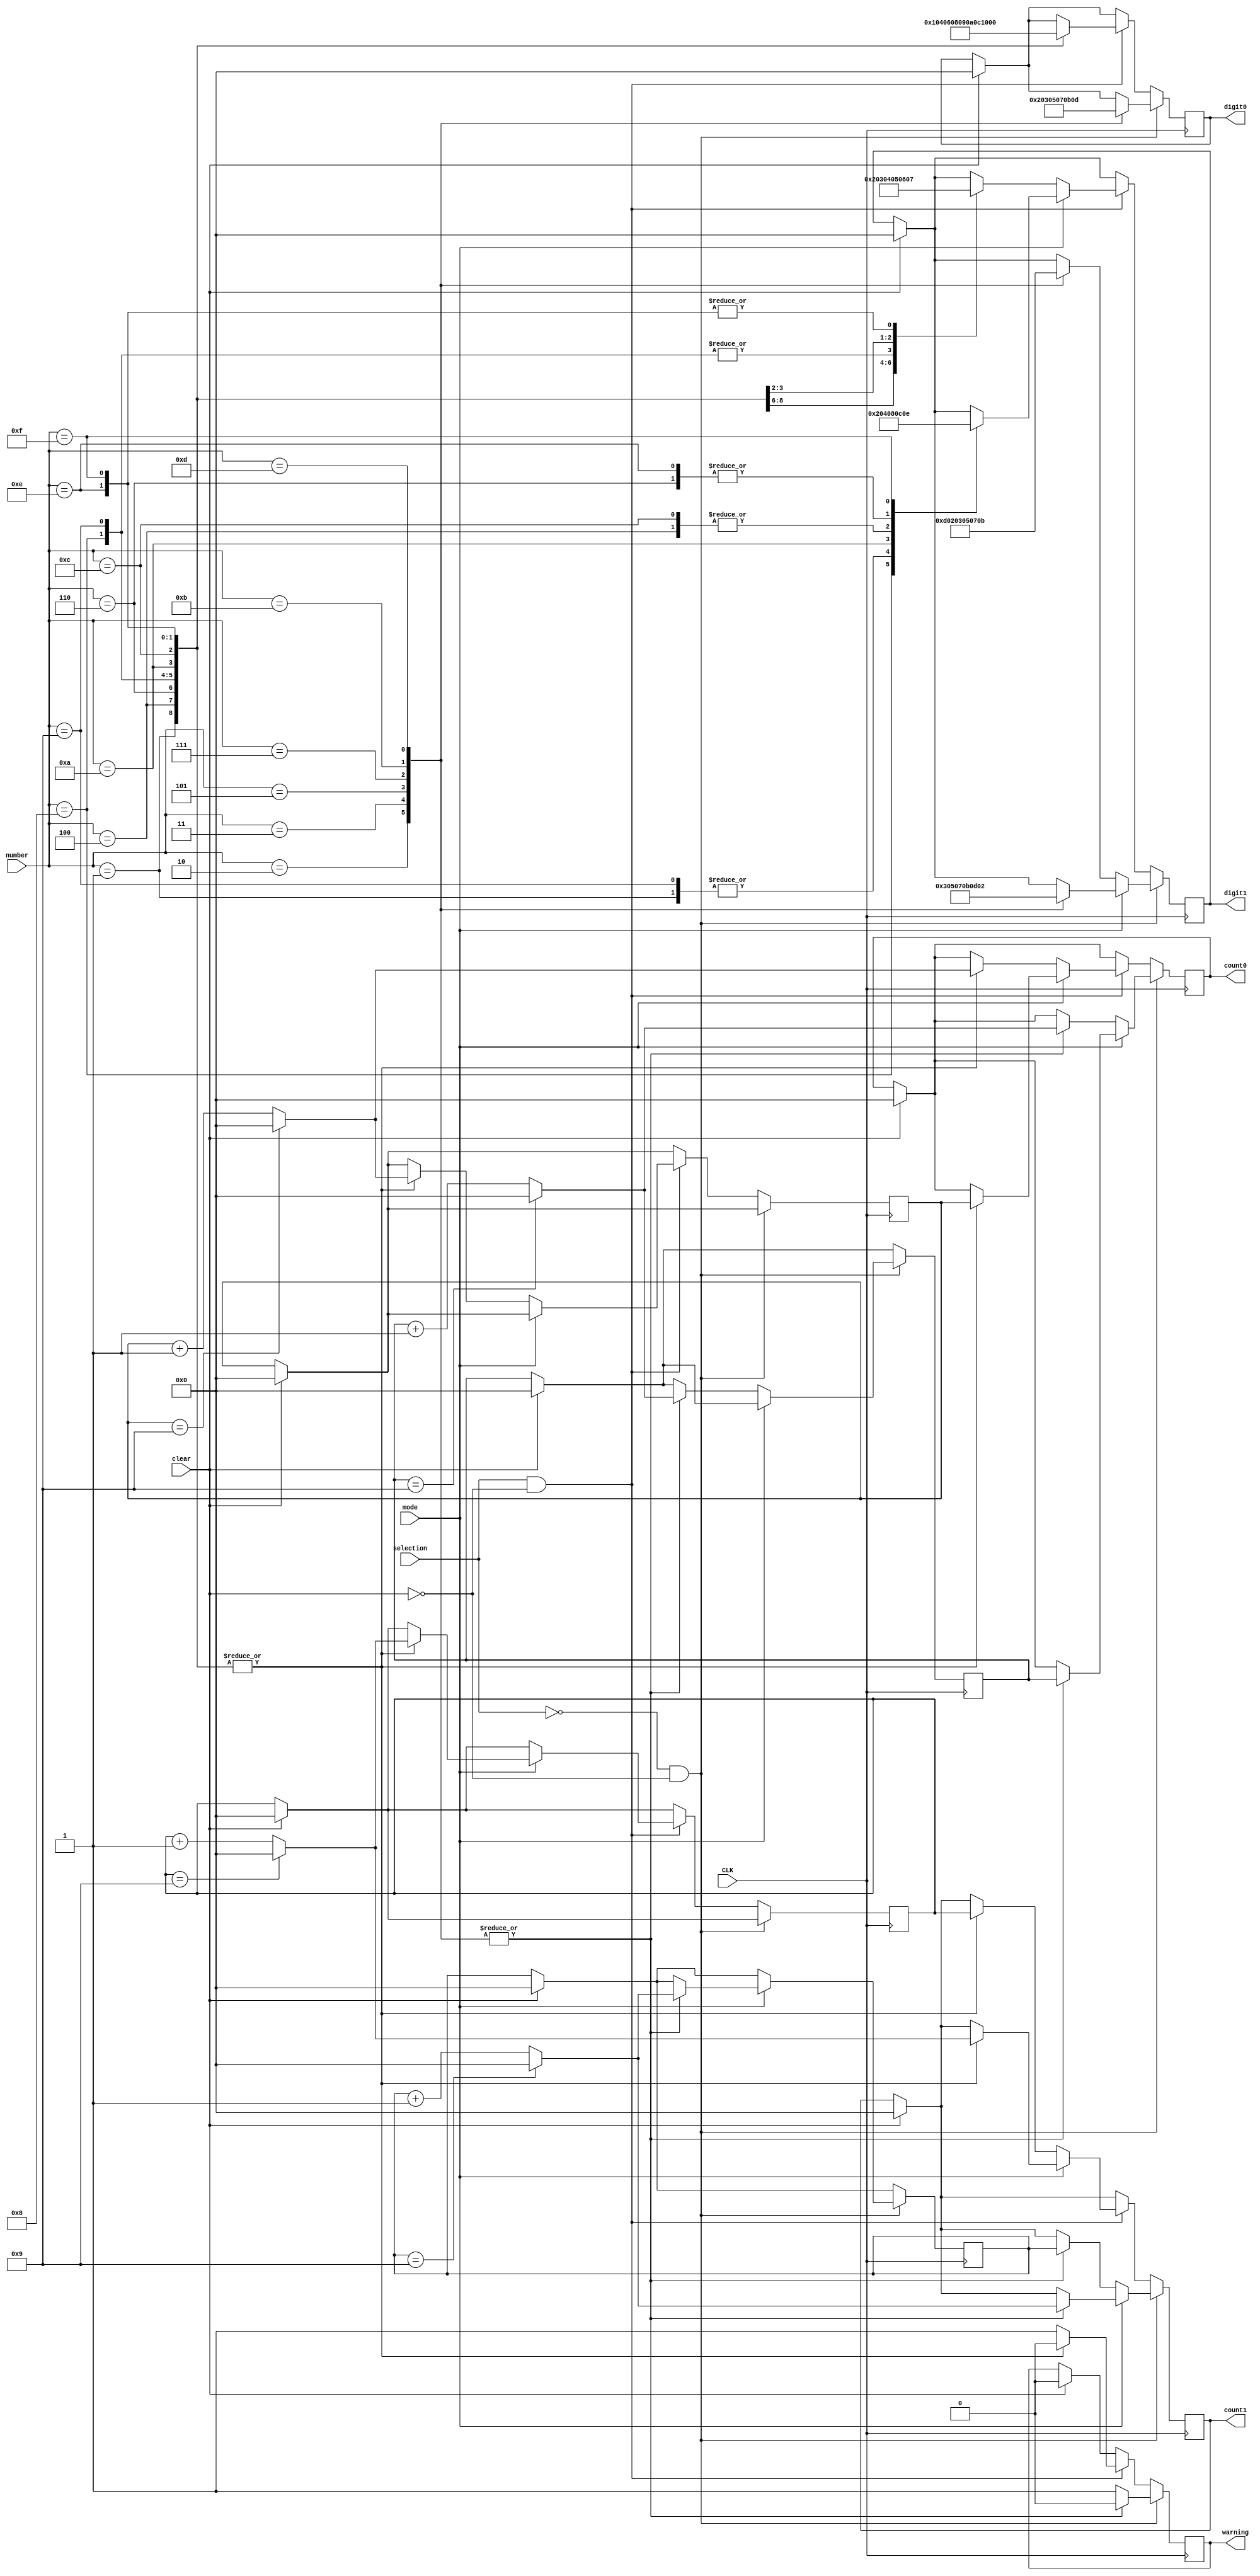
`timescale 1ns / 1ps 
module lab3_2(
			input[3:0] number,
			input CLK, 
			input selection,
			input mode,
			input clear,
			output reg [7:0] digit1,
			output reg [7:0] digit0,
			output reg [7:0] count1,
			output reg [7:0] count0,
			output reg warning
    );
   //Modify the lines below to implement your design .
	
	reg [7:0] counter0;
	reg [7:0] counter1;
	reg [7:0] coun0;
	reg [7:0] coun1;
	
	initial begin
        digit0 = 8'b00000000;
		  digit1 = 8'b00000000;
		  count1 = 8'b00000000;
		  count0 = 8'b00000000;
		  counter1 = 8'b00000000;
		  counter0 = 8'b00000000;
		  coun1 = 8'b00000000;
		  coun0 = 8'b00000000;
	end
	
	
	always@(posedge CLK) begin
	
			if(clear == 1'b1) begin
				digit0 <= 8'b00000000;
				digit1 <= 8'b00000000;
				count0 <= 8'b00000000;
				count1 <= 8'b00000000;
				counter1 <= 8'b00000000;
				counter0 <= 8'b00000000;
				coun1 <= 8'b00000000;
		      		coun0 <= 8'b00000000;
				warning <= 1'b0;
			end
			
			
			
			if(selection == 1'b0 && clear == 1'b0) begin
				
						if(mode == 1'b1) begin	
							 
							case (number)
								4'b0010 : begin digit0 <= 8'b00000010;	digit1 <= 8'b00000011;  warning <= 1'b0; if(coun1 == 8'b00001001) begin count1 <= 8'b00000000; coun1 <= 8'b00000000; count0 <= coun0; end else begin count1 <= coun1 + 1; coun1 <= coun1 + 1; count0 <= coun0; end  end
								4'b0011 : begin digit0 <= 8'b00000011;	digit1 <= 8'b00000101;  warning <= 1'b0; if(coun1 == 8'b00001001) begin count1 <= 8'b00000000; coun1 <= 8'b00000000; count0 <= coun0; end else begin count1 <= coun1 + 1; coun1 <= coun1 + 1; count0 <= coun0; end  end
								4'b0101 : begin digit0 <= 8'b00000101;	digit1 <= 8'b00000111;	warning <= 1'b0; if(coun1 == 8'b00001001) begin count1 <= 8'b00000000; coun1 <= 8'b00000000; count0 <= coun0; end else begin count1 <= coun1 + 1; coun1 <= coun1 + 1; count0 <= coun0; end  end 
								4'b0111 : begin digit0 <= 8'b00000111;	digit1 <= 8'b00001011;  warning <= 1'b0; if(coun1 == 8'b00001001) begin count1 <= 8'b00000000; coun1 <= 8'b00000000; count0 <= coun0; end else begin count1 <= coun1 + 1; coun1 <= coun1 + 1; count0 <= coun0; end  end
								4'b1011 : begin digit0 <= 8'b00001011;	digit1 <= 8'b00001101;  warning <= 1'b0; if(coun1 == 8'b00001001) begin count1 <= 8'b00000000; coun1 <= 8'b00000000; count0 <= coun0; end else begin count1 <= coun1 + 1; coun1 <= coun1 + 1; count0 <= coun0; end  end
								4'b1101 : begin digit0 <= 8'b00001101;	digit1 <= 8'b00000010;  warning <= 1'b0; if(coun1 == 8'b00001001) begin count1 <= 8'b00000000; coun1 <= 8'b00000000; count0 <= coun0; end else begin count1 <= coun1 + 1; coun1 <= coun1 + 1; count0 <= coun0; end  end
								default : warning <= 1'b1;
							endcase	
						end
						
						else if(mode == 1'b0) begin	
							
							case (number) 
								4'b0010 : begin digit0 <= 8'b00000010;	digit1 <= 8'b00001101;  warning <= 1'b0; if(coun0 == 8'b00001001) begin count0 <= 8'b00000000; coun0 <= 8'b00000000; count1 <= coun1; end else begin count0 <= coun0 + 1; coun0 <= coun0 + 1; count1 <= coun1; end end
								4'b0011 : begin digit0 <= 8'b00000011;	digit1 <= 8'b00000010;  warning <= 1'b0; if(coun0 == 8'b00001001) begin count0 <= 8'b00000000; coun0 <= 8'b00000000; count1 <= coun1; end else begin count0 <= coun0 + 1; coun0 <= coun0 + 1; count1 <= coun1; end  end
								4'b0101 : begin digit0 <= 8'b00000101;	digit1 <= 8'b00000011;	warning <= 1'b0; if(coun0 == 8'b00001001) begin count0 <= 8'b00000000; coun0 <= 8'b00000000; count1 <= coun1; end else begin count0 <= coun0 + 1; coun0 <= coun0 + 1; count1 <= coun1; end  end 
								4'b0111 : begin digit0 <= 8'b00000111;	digit1 <= 8'b00000101;  warning <= 1'b0; if(coun0 == 8'b00001001) begin count0 <= 8'b00000000; coun0 <= 8'b00000000; count1 <= coun1; end else begin count0 <= coun0 + 1; coun0 <= coun0 + 1; count1 <= coun1; end  end
								4'b1011 : begin digit0 <= 8'b00001011;	digit1 <= 8'b00000111;  warning <= 1'b0; if(coun0 == 8'b00001001) begin count0 <= 8'b00000000; coun0 <= 8'b00000000; count1 <= coun1; end else begin count0 <= coun0 + 1; coun0 <= coun0 + 1; count1 <= coun1; end  end
								4'b1101 : begin digit0 <= 8'b00001101;	digit1 <= 8'b00001011;  warning <= 1'b0; if(coun0 == 8'b00001001) begin count0 <= 8'b00000000; coun0 <= 8'b00000000; count1 <= coun1; end else begin count0 <= coun0 + 1; coun0 <= coun0 + 1; count1 <= coun1; end  end
								default : warning <= 1'b1;
							endcase	
						end
					
			end
			
			else if(selection == 1'b1 && clear == 1'b0)
						
						if(mode == 1'b1) begin
							
							case (number)
								4'b0001 : begin digit0 <= 8'b00000001;	digit1 <= 8'b00000010;  warning <= 1'b0; if(counter1 == 8'b00001001) begin count1 <= 8'b00000000; counter1 <= 8'b00000000; count0 <= counter0; end else begin count1 <= counter1 + 1; counter1 <= counter1 + 1; count0 <= counter0; end  end
								4'b0100 : begin digit0 <= 8'b00000100;	digit1 <= 8'b00001000;  warning <= 1'b0; if(counter1 == 8'b00001001) begin count1 <= 8'b00000000; counter1 <= 8'b00000000; count0 <= counter0; end else begin count1 <= counter1 + 1; counter1 <= counter1 + 1; count0 <= counter0; end end
								4'b0110 : begin digit0 <= 8'b00000110;	digit1 <= 8'b00001100;	warning <= 1'b0; if(counter1 == 8'b00001001) begin count1 <= 8'b00000000; counter1 <= 8'b00000000; count0 <= counter0; end else begin count1 <= counter1 + 1; counter1 <= counter1 + 1; count0 <= counter0; end end
								4'b1000 : begin digit0 <= 8'b00001000;	digit1 <= 8'b00000000;  warning <= 1'b0; if(counter1 == 8'b00001001) begin count1 <= 8'b00000000; counter1 <= 8'b00000000; count0 <= counter0; end else begin count1 <= counter1 + 1; counter1 <= counter1 + 1; count0 <= counter0; end end
								4'b1001 : begin digit0 <= 8'b00001001;	digit1 <= 8'b00000010;  warning <= 1'b0; if(counter1 == 8'b00001001) begin count1 <= 8'b00000000; counter1 <= 8'b00000000; count0 <= counter0; end else begin count1 <= counter1 + 1; counter1 <= counter1 + 1; count0 <= counter0; end end
								4'b1010 : begin digit0 <= 8'b00001010;	digit1 <= 8'b00000100;  warning <= 1'b0; if(counter1 == 8'b00001001) begin count1 <= 8'b00000000; counter1 <= 8'b00000000; count0 <= counter0; end else begin count1 <= counter1 + 1; counter1 <= counter1 + 1; count0 <= counter0; end end
								4'b1100 : begin digit0 <= 8'b00001100;	digit1 <= 8'b00001000;  warning <= 1'b0; if(counter1 == 8'b00001001) begin count1 <= 8'b00000000; counter1 <= 8'b00000000; count0 <= counter0; end else begin count1 <= counter1 + 1; counter1 <= counter1 + 1; count0 <= counter0; end end
								4'b1110 : begin digit0 <= 8'b00001110;	digit1 <= 8'b00001100;  warning <= 1'b0; if(counter1 == 8'b00001001) begin count1 <= 8'b00000000; counter1 <= 8'b00000000; count0 <= counter0; end else begin count1 <= counter1 + 1; counter1 <= counter1 + 1; count0 <= counter0; end end
								4'b1111 : begin digit0 <= 8'b00001111;	digit1 <= 8'b00001110;  warning <= 1'b0; if(counter1 == 8'b00001001) begin count1 <= 8'b00000000; counter1 <= 8'b00000000; count0 <= counter0; end else begin count1 <= counter1 + 1; counter1 <= counter1 + 1; count0 <= counter0; end end
								default : warning <= 1'b1;
							endcase
						end
						
						else  if(mode == 1'b0) begin
							
							case (number)
								4'b0001 : begin digit0 <= 8'b00000001;	digit1 <= 8'b00000000;  warning <= 1'b0; if(counter0 == 4'b1001) begin count0 <= 4'b0000; counter0 <= 4'b0000; count1 <= counter1; end else begin count0 <= counter0 + 1; counter0 <= counter0 + 1; count1 <= counter1; end  end
								4'b0100 : begin digit0 <= 8'b00000100;	digit1 <= 8'b00000010;  warning <= 1'b0; if(counter0 == 4'b1001) begin count0 <= 4'b0000; counter0 <= 4'b0000; count1 <= counter1; end else begin count0 <= counter0 + 1; counter0 <= counter0 + 1; count1 <= counter1; end  end
								4'b0110 : begin digit0 <= 8'b00000110;	digit1 <= 8'b00000011;	warning <= 1'b0; if(counter0 == 4'b1001) begin count0 <= 4'b0000; counter0 <= 4'b0000; count1 <= counter1; end else begin count0 <= counter0 + 1; counter0 <= counter0 + 1; count1 <= counter1; end  end
								4'b1000 : begin digit0 <= 8'b00001000;	digit1 <= 8'b00000100;  warning <= 1'b0; if(counter0 == 4'b1001) begin count0 <= 4'b0000; counter0 <= 4'b0000; count1 <= counter1; end else begin count0 <= counter0 + 1; counter0 <= counter0 + 1; count1 <= counter1; end  end
								4'b1001 : begin digit0 <= 8'b00001001;	digit1 <= 8'b00000100;  warning <= 1'b0; if(counter0 == 4'b1001) begin count0 <= 4'b0000; counter0 <= 4'b0000; count1 <= counter1; end else begin count0 <= counter0 + 1; counter0 <= counter0 + 1; count1 <= counter1; end  end
								4'b1010 : begin digit0 <= 8'b00001010;	digit1 <= 8'b00000101;  warning <= 1'b0; if(counter0 == 4'b1001) begin count0 <= 4'b0000; counter0 <= 4'b0000; count1 <= counter1; end else begin count0 <= counter0 + 1; counter0 <= counter0 + 1; count1 <= counter1; end  end
								4'b1100 : begin digit0 <= 8'b00001100;	digit1 <= 8'b00000110;  warning <= 1'b0; if(counter0 == 4'b1001) begin count0 <= 4'b0000; counter0 <= 4'b0000; count1 <= counter1; end else begin count0 <= counter0 + 1; counter0 <= counter0 + 1; count1 <= counter1; end  end
								4'b1110 : begin digit0 <= 8'b00001110;	digit1 <= 8'b00000111;  warning <= 1'b0; if(counter0 == 4'b1001) begin count0 <= 4'b0000; counter0 <= 4'b0000; count1 <= counter1; end else begin count0 <= counter0 + 1; counter0 <= counter0 + 1; count1 <= counter1; end  end
								4'b1111 : begin digit0 <= 8'b00001111;	digit1 <= 8'b00000111;  warning <= 1'b0; if(counter0 == 4'b1001) begin count0 <= 4'b0000; counter0 <= 4'b0000; count1 <= counter1; end else begin count0 <= counter0 + 1; counter0 <= counter0 + 1; count1 <= counter1; end  end
								default : warning <= 1'b1;
							endcase	
						end


			end
	
	
endmodule